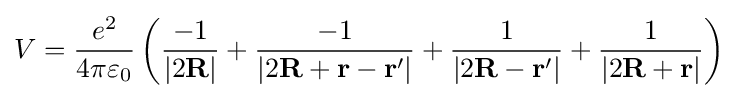
V={e^{2} \over 4\pi \varepsilon _{0}}\left({\frac {-1}{|2\mathbf {R} |}}+{\frac {-1}{|2\mathbf {R} +\mathbf {r} -\mathbf {r} '|}}+{\frac {1}{|2\mathbf {R} -\mathbf {r} '|}}+{\frac {1}{|2\mathbf {R} +\mathbf {r} |}}\right)